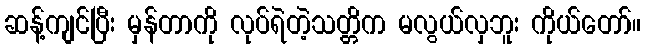
ဆန့်ကျင်ပြီး မှန်တာကို လုပ်ရဲတဲ့သတ္တိက မလွယ်လှဘူး ကိုယ်တော်။